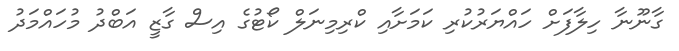
ގާނޫނާ ހިލާފަށް ހައްޔަރުކުރި ކަމަށާއި ކްރިމިނަލް ކޯޓުގެ އިސް ގާޒީ އަބްދު މުހައްމަދު